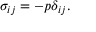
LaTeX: \sigma _ { i j } = - p \delta _ { i j } .